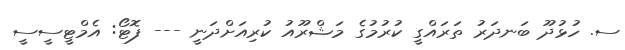
ސ. ހުޅުދޫ ބަނދަރު ތަރައްގީ ކުރުމުގެ މަޝްރޫއު ކުރިއަށްދަނީ --- ފޮޓޯ: އެމްޓީސީސީ